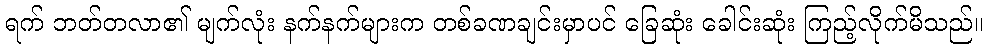
ရက် ဘတ်တလာ၏ မျက်လုံး နက်နက်များက တစ်ခဏချင်းမှာပင် ခြေဆုံး ခေါင်းဆုံး ကြည့်လိုက်မိသည်။